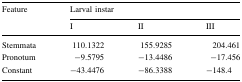
| <ROWSPAN=2> Feature | <COLSPAN=3> Larval instar |
 | I | II | III |
 | --- | --- | --- | --- |
 | Stemmata | 110.1322 | 155.9285 | 204.461 |
 | Pronotum | −9.5795 | −13.4486 | −17.456 |
 | Constant | −43.4476 | −86.3388 | −148.4 |